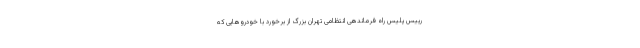
رییس پلیس راه فرماندهی انتظامی تهران بزرگ از برخورد با خودروهایی که